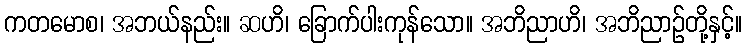
ကတမောစ၊ အဘယ်နည်း။ ဆဟိ၊ ခြောက်ပါးကုန်သော။ အဘိညာဟိ၊ အဘိညာဉ်တို့နှင့်။